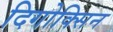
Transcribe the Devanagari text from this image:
दिगोक्सिन